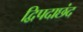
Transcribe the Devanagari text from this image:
द्विपदाछंद